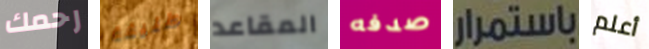
رحمك طليقة المقاعد صدفه باستمرار أعلم